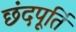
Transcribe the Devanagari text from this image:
छंदपूर्ति